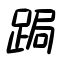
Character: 跼